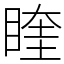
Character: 睳